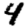
Digit: 4